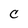
Character: C